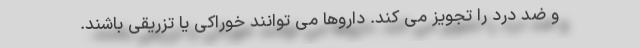
و ضد درد را تجویز می کند. داروها می توانند خوراکی یا تزریقی باشند.